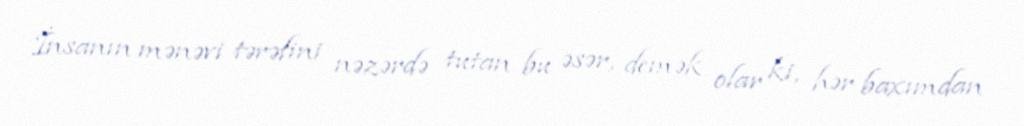
İnsanın mənəvi tərəfini nəzərdə tutan bu əsər, demək olar ki, hər baxımdan